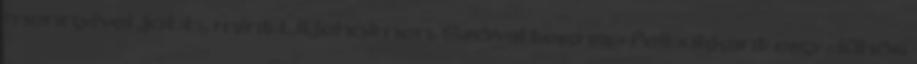
mennyivel jobb, mint Liljeholmen. Szóval tegnap felbukkant egy dühös